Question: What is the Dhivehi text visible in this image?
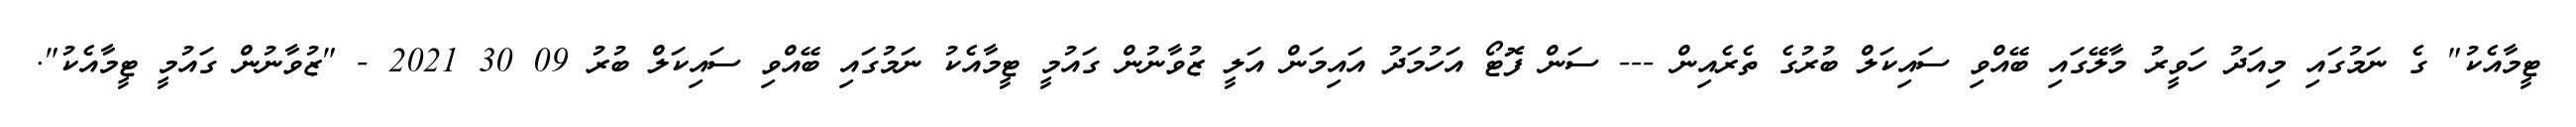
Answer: ޓީމާއެކު" ގެ ނަމުގައި މިއަދު ހަވީރު މާލޭގައި ބޭއްވި ސައިކަލް ބުރުގެ ތެރެއިން --- ސަން ފޮޓޯ އަހުމަދު އައިމަން އަލީ ޒުވާނުން ގައުމީ ޓީމާއެކު ނަމުގައި ބޭއްވި ސައިކަލް ބުރު 09 30 2021 - "ޒުވާނުން ގައުމީ ޓީމާއެކު".